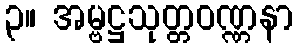
၃။ အမ္ဗဋ္ဌသုတ္တဝဏ္ဏနာ